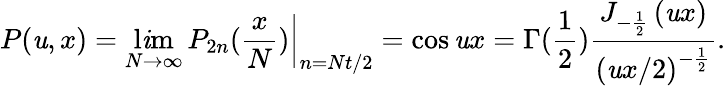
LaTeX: P(\mathit{u},x)=\operatorname*{l\mathit{i}m}_{N\rightarrow\infty}\left.\, P_{2n}(\frac{{x}}{{N}})\right|_{n=Nt/2}=\cos\mathit{u}x=\Gamma(\frac{1}{2})\frac{{J_{-\frac{1}{2}}\left(\mathit{u}x\right)}}{{\left(\mathit{u}x/2\right)^{-\frac{1}{2}}}}.